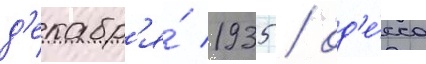
д'екабр'я́ 1935 / од'е́сса